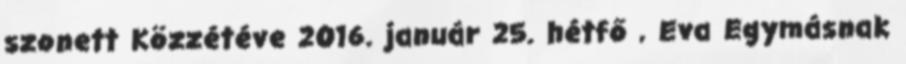
szonett Közzétéve 2016. január 25. hétfő , Eva Egymásnak